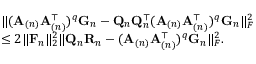
\begin{array} { r l } & { \| ( \mathbf { A } _ { ( n ) } \mathbf { A } _ { ( n ) } ^ { \top } ) ^ { q } \mathbf { G } _ { n } - \mathbf { Q } _ { n } \mathbf { Q } _ { n } ^ { \top } ( \mathbf { A } _ { ( n ) } \mathbf { A } _ { ( n ) } ^ { \top } ) ^ { q } \mathbf { G } _ { n } \| _ { F } ^ { 2 } } \\ & { \leq 2 \| \mathbf { F } _ { n } \| _ { 2 } ^ { 2 } \| \mathbf { Q } _ { n } \mathbf { R } _ { n } - ( \mathbf { A } _ { ( n ) } \mathbf { A } _ { ( n ) } ^ { \top } ) ^ { q } \mathbf { G } _ { n } \| _ { F } ^ { 2 } . } \end{array}